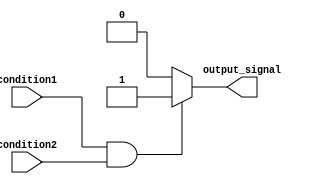
module if_else_block (
    input wire condition1,
    input wire condition2,
    output reg output_signal
);

always @* begin
    if (condition1 && condition2) begin
        // Code to execute if both condition1 and condition2 are true
        output_signal = 1;
    end
    else begin
        // Code to execute if either condition1 or condition2 are false
        output_signal = 0;
    end
end

endmodule